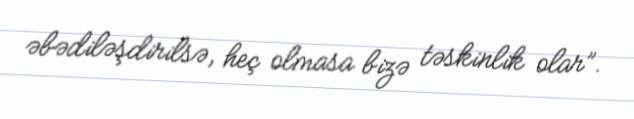
əbədiləşdirilsə, heç olmasa bizə təskinlik olar”.